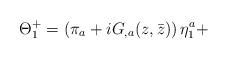
LaTeX: \begin{align*} \Theta^+_1=\left(\pi_a+iG_{,a}(z,\bar z)\right)\eta^a_1 +\end{align*}